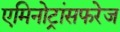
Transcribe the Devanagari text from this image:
एमिनोट्रांसफरेज